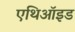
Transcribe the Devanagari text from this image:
एथिऑइड